Civil Veterinary Department. Central Provinces & Berar 1925-31 - 1925-1931
Year: 1925
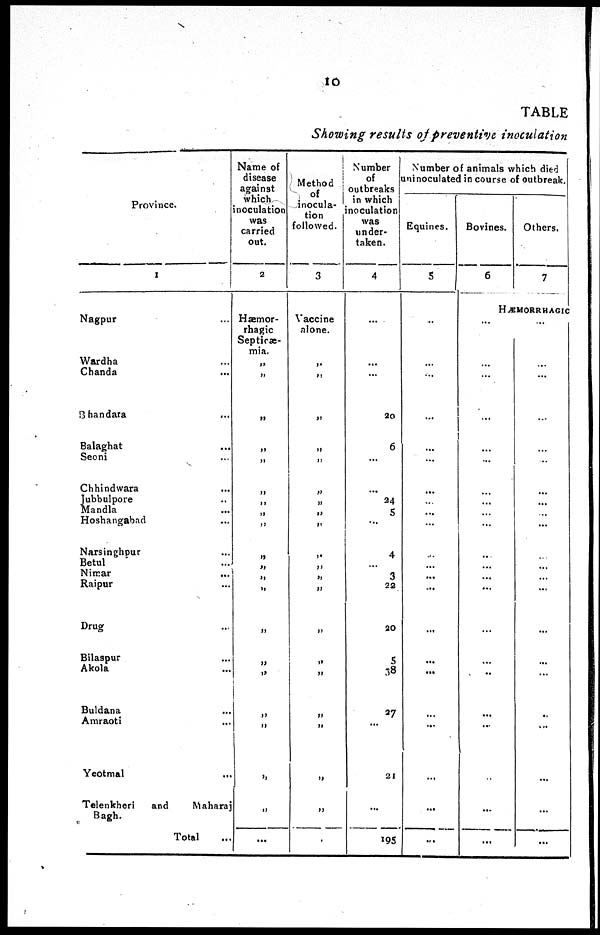
10
TABLE
Showing results of preventive inoculation
Province.
1
Nagpur ...
Wardha ...
Chanda ...
Bhandara ...
Balaghat ...
Seoni ...
Chhindwara ...
Jubbulpore ...
Mandla ...
Hoshangabad ...
Narsinghpur ...
Betul ..
Nimar
...
Raipur ...
Drug ...
Bilaspur ...
Akola ...
Buldana ...
Amraoti ...
Yeotmal ...
Telenkheri
and
Maharaj
Bagh.
Total ...
Name of
disease
against
which
inoculation
was
carried
out.
2
Hæmor-
rhagic
Septicæ-
mia.
„
„
„
„
„
„
„
„
„
„
„
„
„
„
„
„
„
„
„
„
...
Method
inocula-
tion
followed.
3
Vaccine
alone.
„
„
„
„
„
„
„
„
„
„
„
„
„
„
„
„
„
„
„
„
.
Number
of
outbreaks
in which
noculation
was
under-
taken.
4
...
...
...
20
6
...
...
24
5
..
4
...
3
22
20
5
38
27
...
21
...
195
Number of animals which died
uninoculated in course of outbreak.
Equines.
5
..
...
...
...
...
...
...
...
...
...
...
...
...
...
...
...
...
...
...
...
...
...
Bovines.
6
Others.
7
HÆMORRHAGIC
...
...
..
...
...
...
...
...
...
...
...
...
..
...
...
...
..
...
...
...
...
...
...
...
...
...
...
...
...
...
...
...
...
...
...
...
...
...
...
..
...
...
...
...